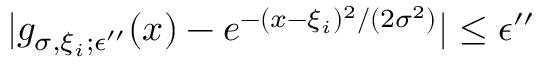
| g _ { \sigma , \xi _ { i } ; \epsilon ^ { \prime \prime } } ( x ) - e ^ { - ( x - \xi _ { i } ) ^ { 2 } / ( 2 \sigma ^ { 2 } ) } | \le \epsilon ^ { \prime \prime }